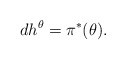
\begin{align*} dh ^{\theta} = \pi^*(\theta).\end{align*}